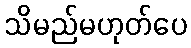
သိမည်မဟုတ်ပေ